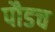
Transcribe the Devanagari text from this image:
पौडच